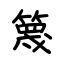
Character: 篾